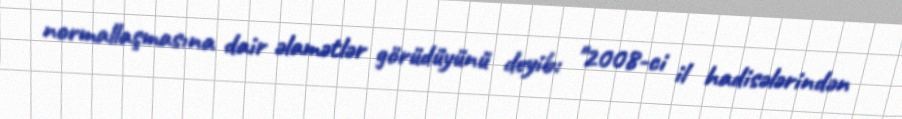
normallaşmasına dair əlamətlər görüdüyünü deyib: "2008-ci il hadisələrindən